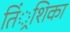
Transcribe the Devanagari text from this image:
तिं्रशिका